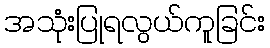
အသုံးပြုရလွယ်ကူခြင်း